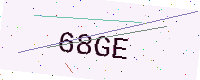
Text: 68GE